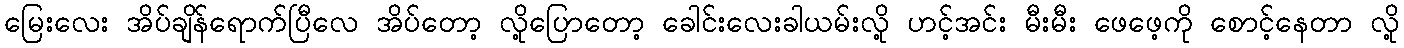
မြေးလေး အိပ်ချိန်ရောက်ပြီလေ အိပ်တော့ လို့ပြောတော့ ခေါင်းလေးခါယမ်းလို့ ဟင့်အင်း မီးမီး ဖေဖေ့ကို စောင့်နေတာ လို့